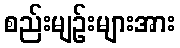
စည်းမျဉ်းများအား